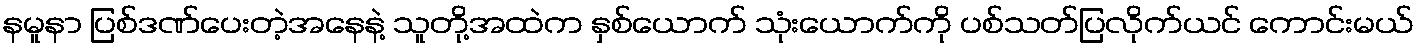
နမူနာ ပြစ်ဒဏ်ပေးတဲ့အနေနဲ့ သူတို့အထဲက နှစ်ယောက် သုံးယောက်ကို ပစ်သတ်ပြလိုက်ယင် ကောင်းမယ်